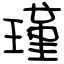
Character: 瑾